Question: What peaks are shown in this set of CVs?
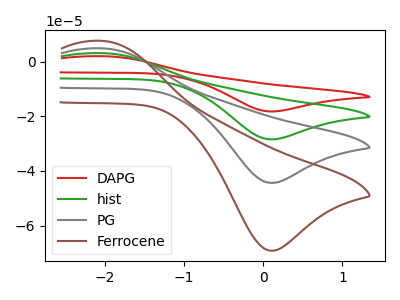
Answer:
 <answer>The red curve "DAPG" has an anodic peak at (-2.05V, 14.65uA) and a cathodic peak at (0.10V, -133.15uA). The green curve "hist" has an anodic peak at (-2.05V, 9.75uA) and a cathodic peak at (0.10V, -88.75uA). The gray curve "PG" has an anodic peak at (-2.05V, 4.90uA) and a cathodic peak at (0.10V, -44.40uA). The brown curve "Ferrocene" has an anodic peak at (-2.05V, 7.60uA) and a cathodic peak at (0.10V, -69.25uA).</answer>
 <eval></eval>